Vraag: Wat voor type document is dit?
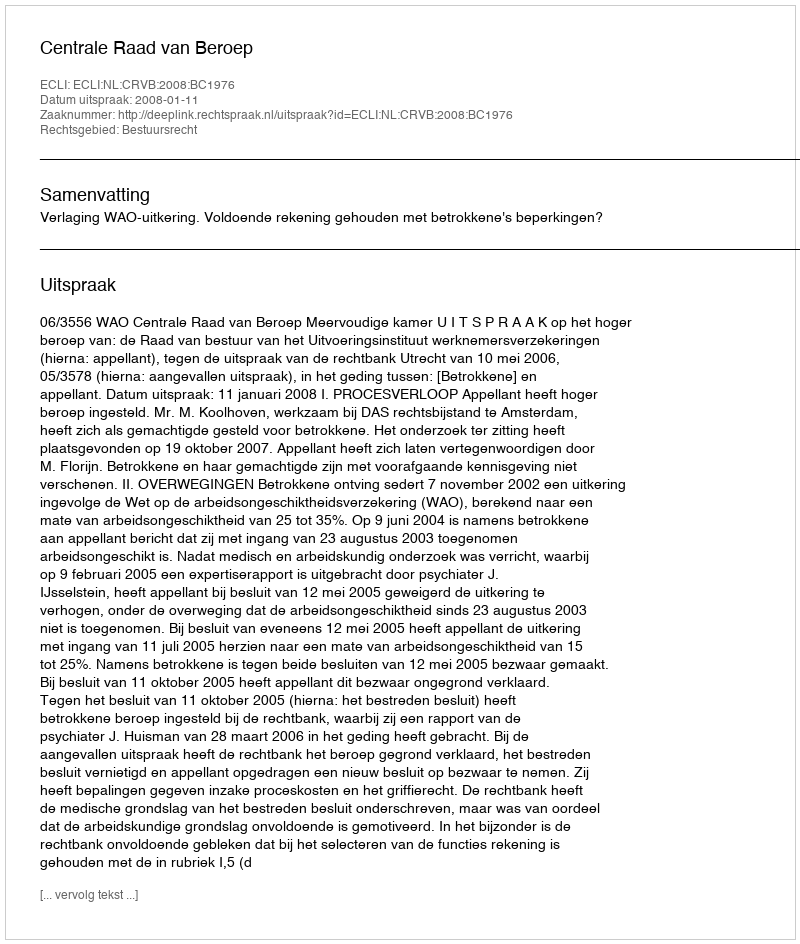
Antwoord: Uitspraak